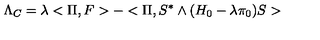
\Lambda _ { C } = \lambda < \Pi , F > - < \Pi , S ^ { * } \wedge ( H _ { 0 } - \lambda \pi _ { 0 } ) S >